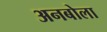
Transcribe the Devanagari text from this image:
अनबोला